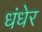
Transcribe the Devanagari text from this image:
धंधेर